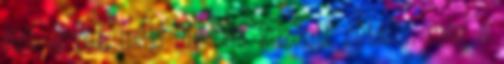
fújt egyet, majd ide oda kezdett sétálni, még a